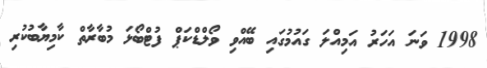
1998 ވަނަ އަހަރު އަމިއްލަ ގައުމުގައި ބޭއްވި ވޯލްޑްކަޕް ފުޓްބޯޅަ މުބާރާތް ކާމިޔާބުކުރި